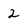
Character: 2